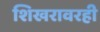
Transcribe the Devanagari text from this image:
शिखरावरही